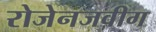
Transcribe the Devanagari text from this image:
रोजेनजवीग